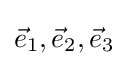
{\vec {e}}_{1},{\vec {e}}_{2},{\vec {e}}_{3}